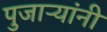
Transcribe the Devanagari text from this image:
पुजाऱ्यांनी